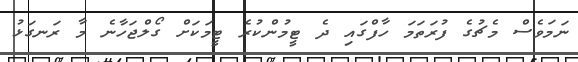
ނަމަވެސް މެޗުގެ ފުރަތަމަ ހާފްގައި ދެ ޓީމުންކުރެ ޓީމަކަށް ގޯލްޖަހާނެ މާ ރަނގަޅު